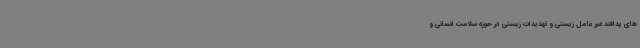
های پدافند غیر عامل زیستی و تهدیدات زیستی در حوزه سلامت انسانی و